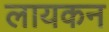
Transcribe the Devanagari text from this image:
लायकन